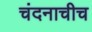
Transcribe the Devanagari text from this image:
चंदनाचीच